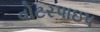
વોટરપાઇપ